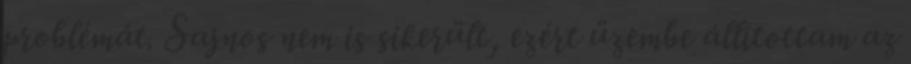
problémát. Sajnos nem is sikerült, ezért üzembe állítottam az